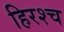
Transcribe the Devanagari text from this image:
हिरश्च